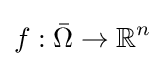
f:{\bar {\Omega }}\to \mathbb {R} ^{n}